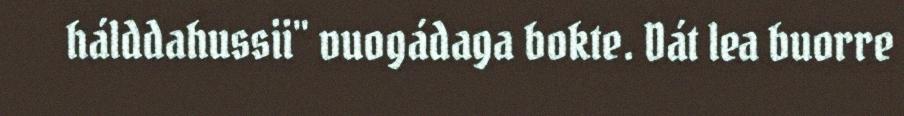
hálddahussii" vuogádaga bokte. Dát lea buorre